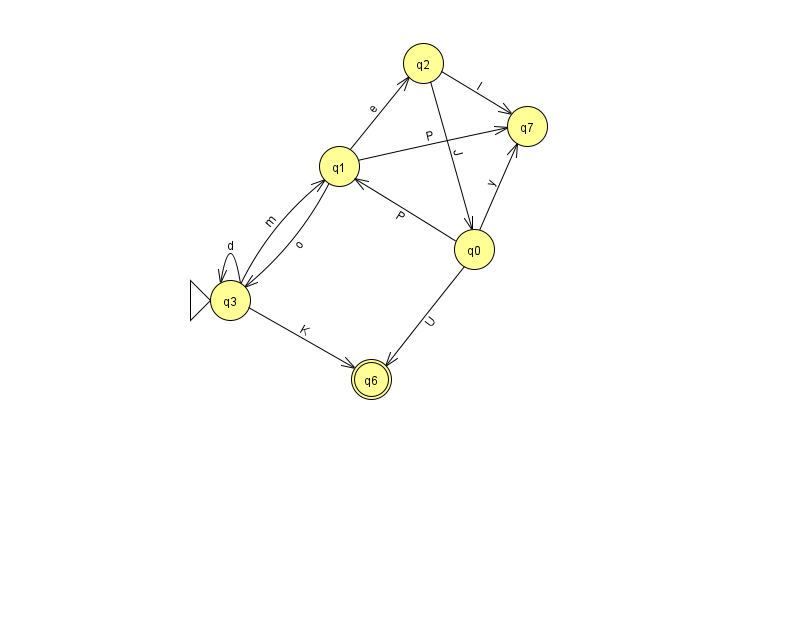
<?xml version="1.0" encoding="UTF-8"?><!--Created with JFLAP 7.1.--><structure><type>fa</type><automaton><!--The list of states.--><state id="0" name="q0"><x>474.0</x><y>236.0</y></state><state id="1" name="q1"><x>339.0</x><y>153.0</y></state><state id="2" name="q2"><x>423.0</x><y>50.0</y></state><state id="3" name="q3"><x>230.0</x><y>287.0</y><initial/></state><state id="6" name="q6"><x>371.0</x><y>366.0</y><final/></state><state id="7" name="q7"><x>527.0</x><y>113.0</y></state><!--The list of transitions.--><transition><from>1</from><to>3</to><read>o</read></transition><transition><from>3</from><to>1</to><read>m</read></transition><transition><from>0</from><to>7</to><read>y</read></transition><transition><from>3</from><to>3</to><read>d</read></transition><transition><from>1</from><to>2</to><read>e</read></transition><transition><from>3</from><to>6</to><read>K</read></transition><transition><from>1</from><to>7</to><read>P</read></transition><transition><from>2</from><to>0</to><read>J</read></transition><transition><from>0</from><to>6</to><read>U</read></transition><transition><from>2</from><to>7</to><read>l</read></transition><transition><from>0</from><to>1</to><read>P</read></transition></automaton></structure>